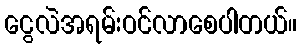
ငွေလဲအရမ်းဝင်လာစေပါတယ်။